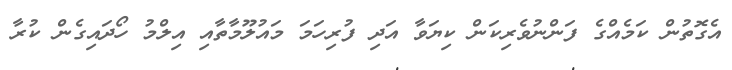
އެގޮތުން ކަމެއްގެ ފަންނުވެރިކަން ކިޔަވާ އަދި ފުރިހަމަ މައުލޫމާތާއި އިލްމު ހޯދައިގެން ކުރާ